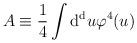
LaTeX: \begin{align*}A \equiv { 1 \over 4} \int {\rm d^d} u \varphi^4 (u)\end{align*}